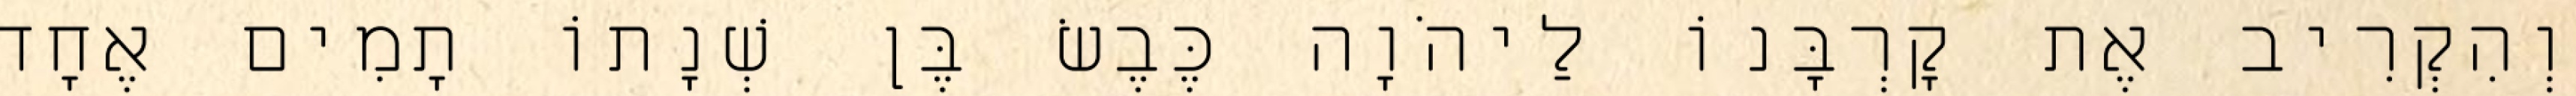
וְהִקְרִיב אֶת קָרְבָּנוֹ לַיהֹוָה כֶּבֶשׂ בֶּן שְׁנָתוֹ תָמִים אֶחָד